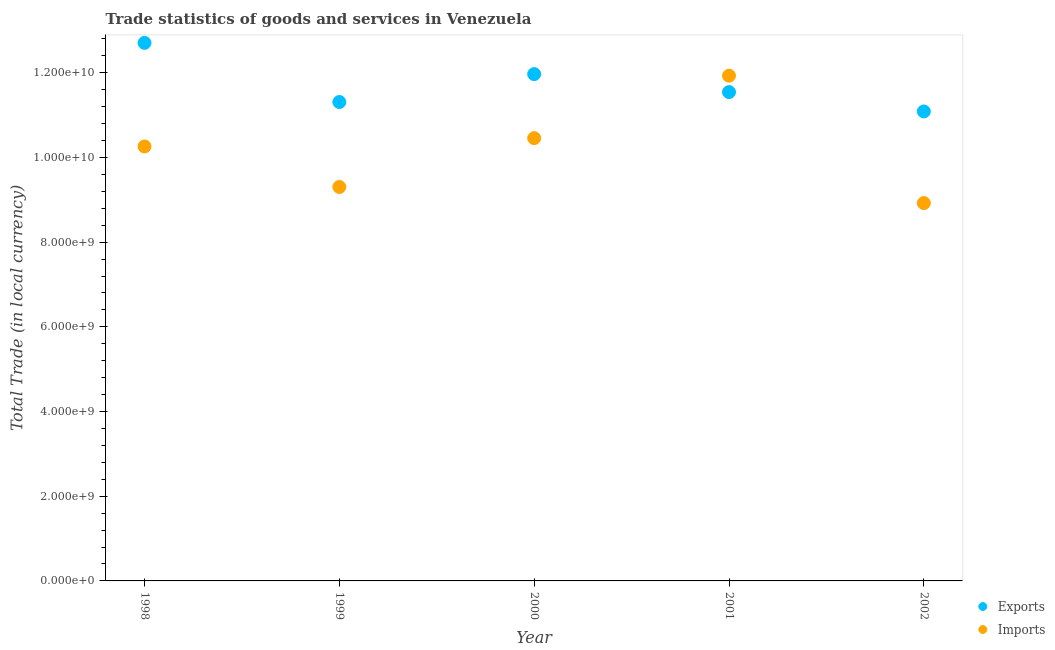
| Year | Exports | Imports |
 | --- | --- | --- |
 | 1998 | 1.27e+10 | 1.03e+10 |
 | 1999 | 1.13e+10 | 9.3e+09 |
 | 2000 | 1.2e+10 | 1.05e+10 |
 | 2001 | 1.15e+10 | 1.19e+10 |
 | 2002 | 1.11e+10 | 8.92e+09 |